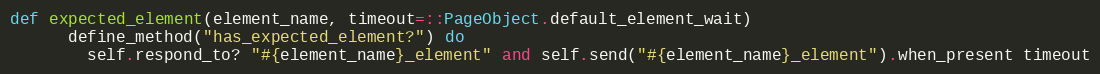
Language: Ruby
def expected_element(element_name, timeout=::PageObject.default_element_wait)
      define_method("has_expected_element?") do
        self.respond_to? "#{element_name}_element" and self.send("#{element_name}_element").when_present timeout